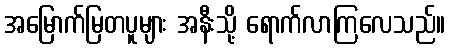
အမြောက်မြတပူများ အနီးသို့ ရောက်လာကြလေသည်။